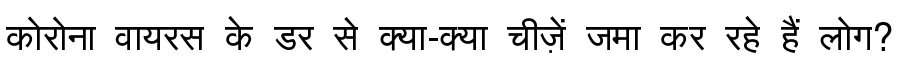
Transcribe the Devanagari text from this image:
कोरोना वायरस के डर से क्या-क्या चीज़ें जमा कर रहे हैं लोग?